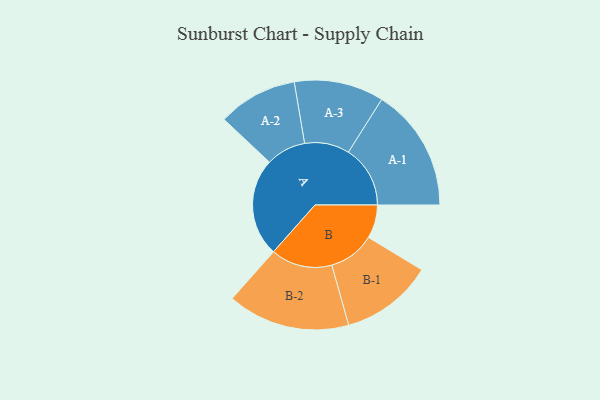
{"axis": {"x": "Segment", "y": "Value"}, "legend": ["", "A", "B"], "data": [{"x": "A", "y": 370, "type": ""}, {"x": "B", "y": 126, "type": ""}, {"x": "A-1", "y": 233, "type": "A"}, {"x": "A-2", "y": 150, "type": "A"}, {"x": "A-3", "y": 169, "type": "A"}, {"x": "B-1", "y": 174, "type": "B"}, {"x": "B-2", "y": 231, "type": "B"}]}